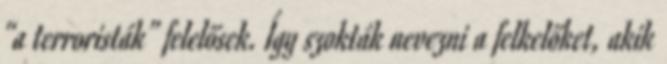
“a terroristák” felelősek. Így szokták nevezni a felkelőket, akik